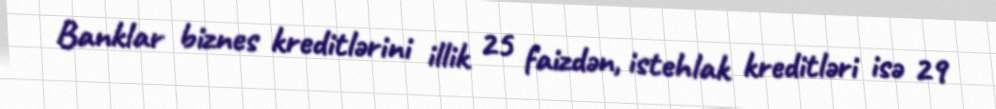
Banklar biznes kreditlərini illik 25 faizdən, istehlak kreditləri isə 29